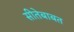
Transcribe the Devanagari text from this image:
सीतेबाबत